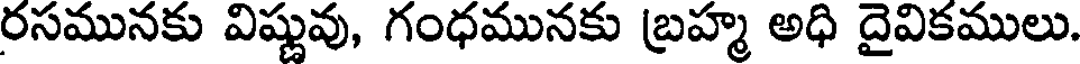
రసమునకు విష్ణువు, గంధమునకు బ్రహ్మ అధి దైవికములు.